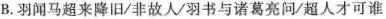
B.羽闻马超来降旧/非故人/羽书与诺葛亮问/超人才可谁